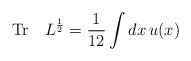
\begin{align*}{\rm Tr}\quad L^{1\over 2} = {1\over 12} \int dx\, u(x)\end{align*}